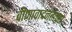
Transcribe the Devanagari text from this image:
वीणावादनतत्परा